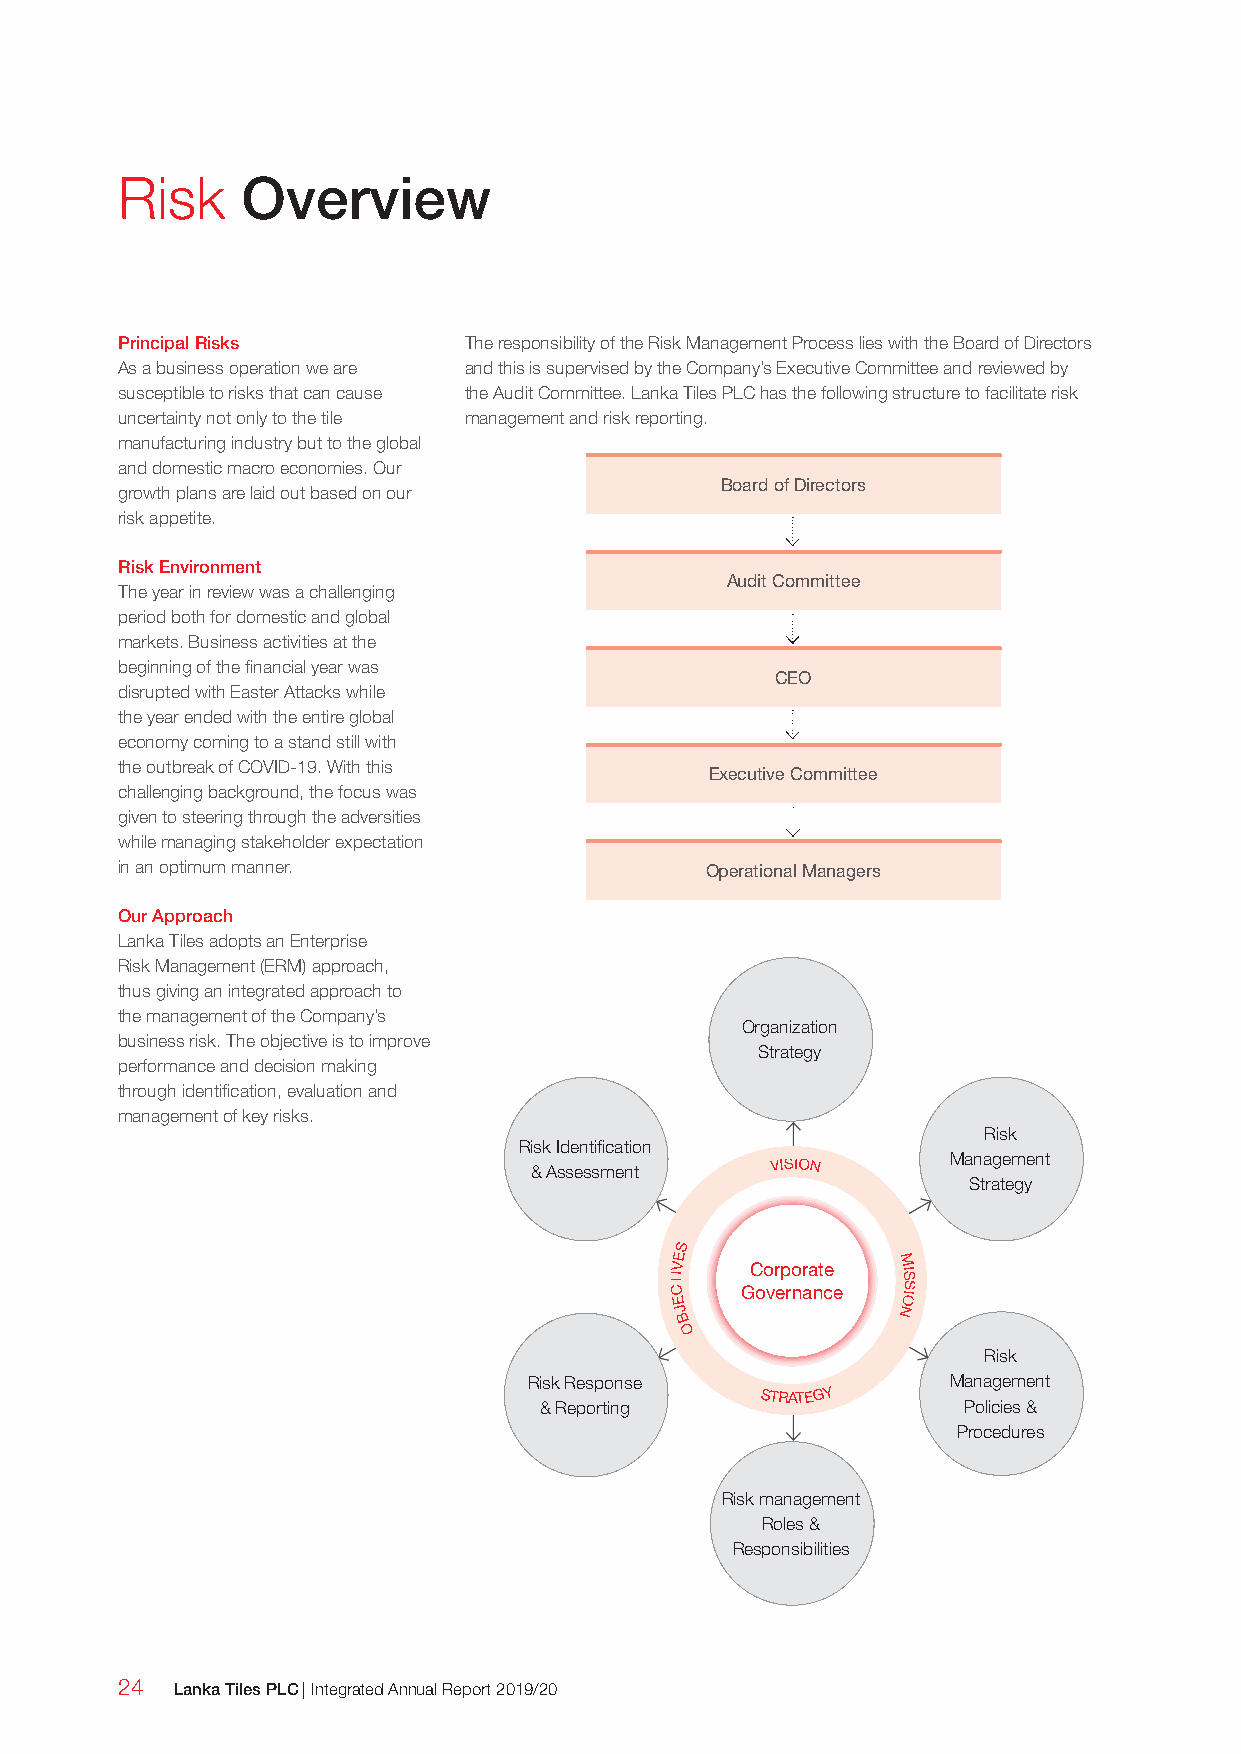
Risk    Overview
 Principal Risks        The responsibility of the Risk Management Process lies with the Board of Directors
 As a business operation we are and this is supervised by the Company’s Executive Committee and reviewed by
 susceptible to risks that can cause the Audit Committee. Lanka Tiles PLC has the following structure to facilitate risk
 uncertainty not only to the tile management and risk reporting.
 manufacturing industry but to the global
 and domestic macro economies. Our
 Board of Directors
 growth plans are laid out based on our
 risk appetite.
 Risk Environment
 Audit Committee
 The year in review was a challenging
 period both for domestic and global
 markets. Business activities at the
 beginning of the financial year was
 CEO
 disrupted with Easter Attacks while
 the year ended with the entire global
 economy coming to a stand still with
 the outbreak of COVID-19. With this
 Executive Committee
 challenging background, the focus was
 given to steering through the adversities
 while managing stakeholder expectation
 in an optimum manner.                  Operational Managers
 Our Approach
 Lanka Tiles adopts an Enterprise
 Risk Management (ERM) approach,
 thus giving an integrated approach to
 the management of the Company’s
 Organization
 business risk. The objective is to improve
 Strategy
 performance and decision making
 through identification, evaluation and
 management of key risks.
 Risk
 Risk Identification
 & Assessment
 VISION      Management
 Strategy
 S
 CTI
 EVE
 GC oo vr ep ro nr aa nt ce
 e
 M
 I OS
 IS
 J              N
 B
 O
 Risk
 Risk Response
 S T R ATEGY
 Management
 & Reporting                 Policies &
 Procedures
 Risk management
 Roles &
 Responsibilities
 24  Lanka Tiles PLC | Integrated Annual Report 2019/20